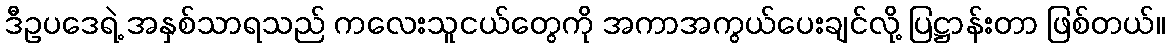
ဒီဥပဒေရဲ့ အနှစ်သာရသည် ကလေးသူငယ်တွေကို အကာအကွယ်ပေးချင်လို့ ပြဋ္ဌာန်းတာ ဖြစ်တယ်။